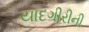
યાદગીરીની